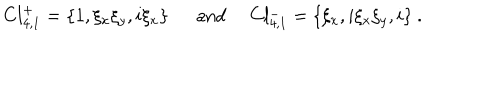
C l _ { 4 , 1 } ^ { + } = \{ 1 , \xi _ { x } \xi _ { y } , i \xi _ { x } \} \mathrm { a n d } ~ ~ C l _ { 4 , 1 } ^ { - } = \{ \xi _ { x } , i \xi _ { x } \xi _ { y } , i \} ~ .